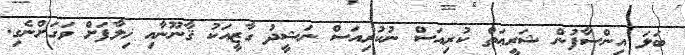
ބަލަ އިންސާފުން ޝަރީޢަތް ކުރިއަސް ނުކުރިއަސް ނަޝީދު ގާޒީއަކު ޤާނޫނާއި ޚިލާފަށް ވަގަށްނެގި.